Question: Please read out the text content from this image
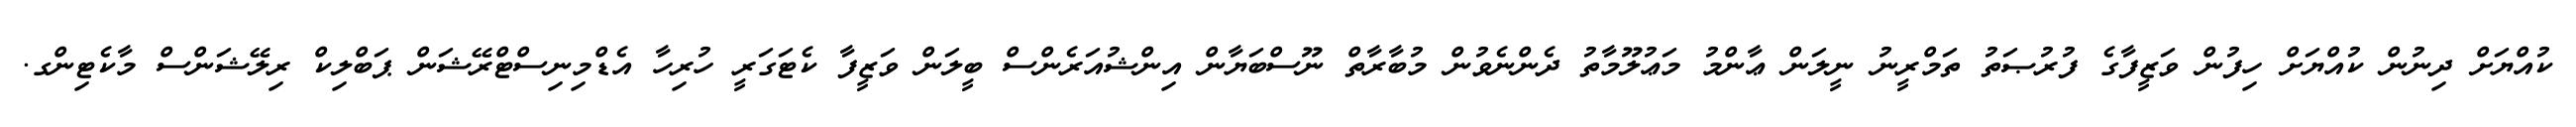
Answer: ކުއްޔަށް ދިނުން ކުއްޔަށް ހިފުން ވަޒީފާގެ ފުރުޞަތު ތަމްރީނު ނީލަން ޢާންމު މަޢުލޫމާތު ދެންނެވުން މުބާރާތް ނޫސްބަޔާން އިންޝުއަރެންސް ބީލަން ވަޒީފާ ކެޓަގަރީ ހުރިހާ އެޑްމިނިސްޓްރޭޝަން ޕަބްލިކް ރިލޭޝަންސް މާކެޓިންގ.